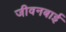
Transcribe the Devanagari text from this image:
जीवनबाई